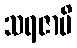
သရဇာပိ